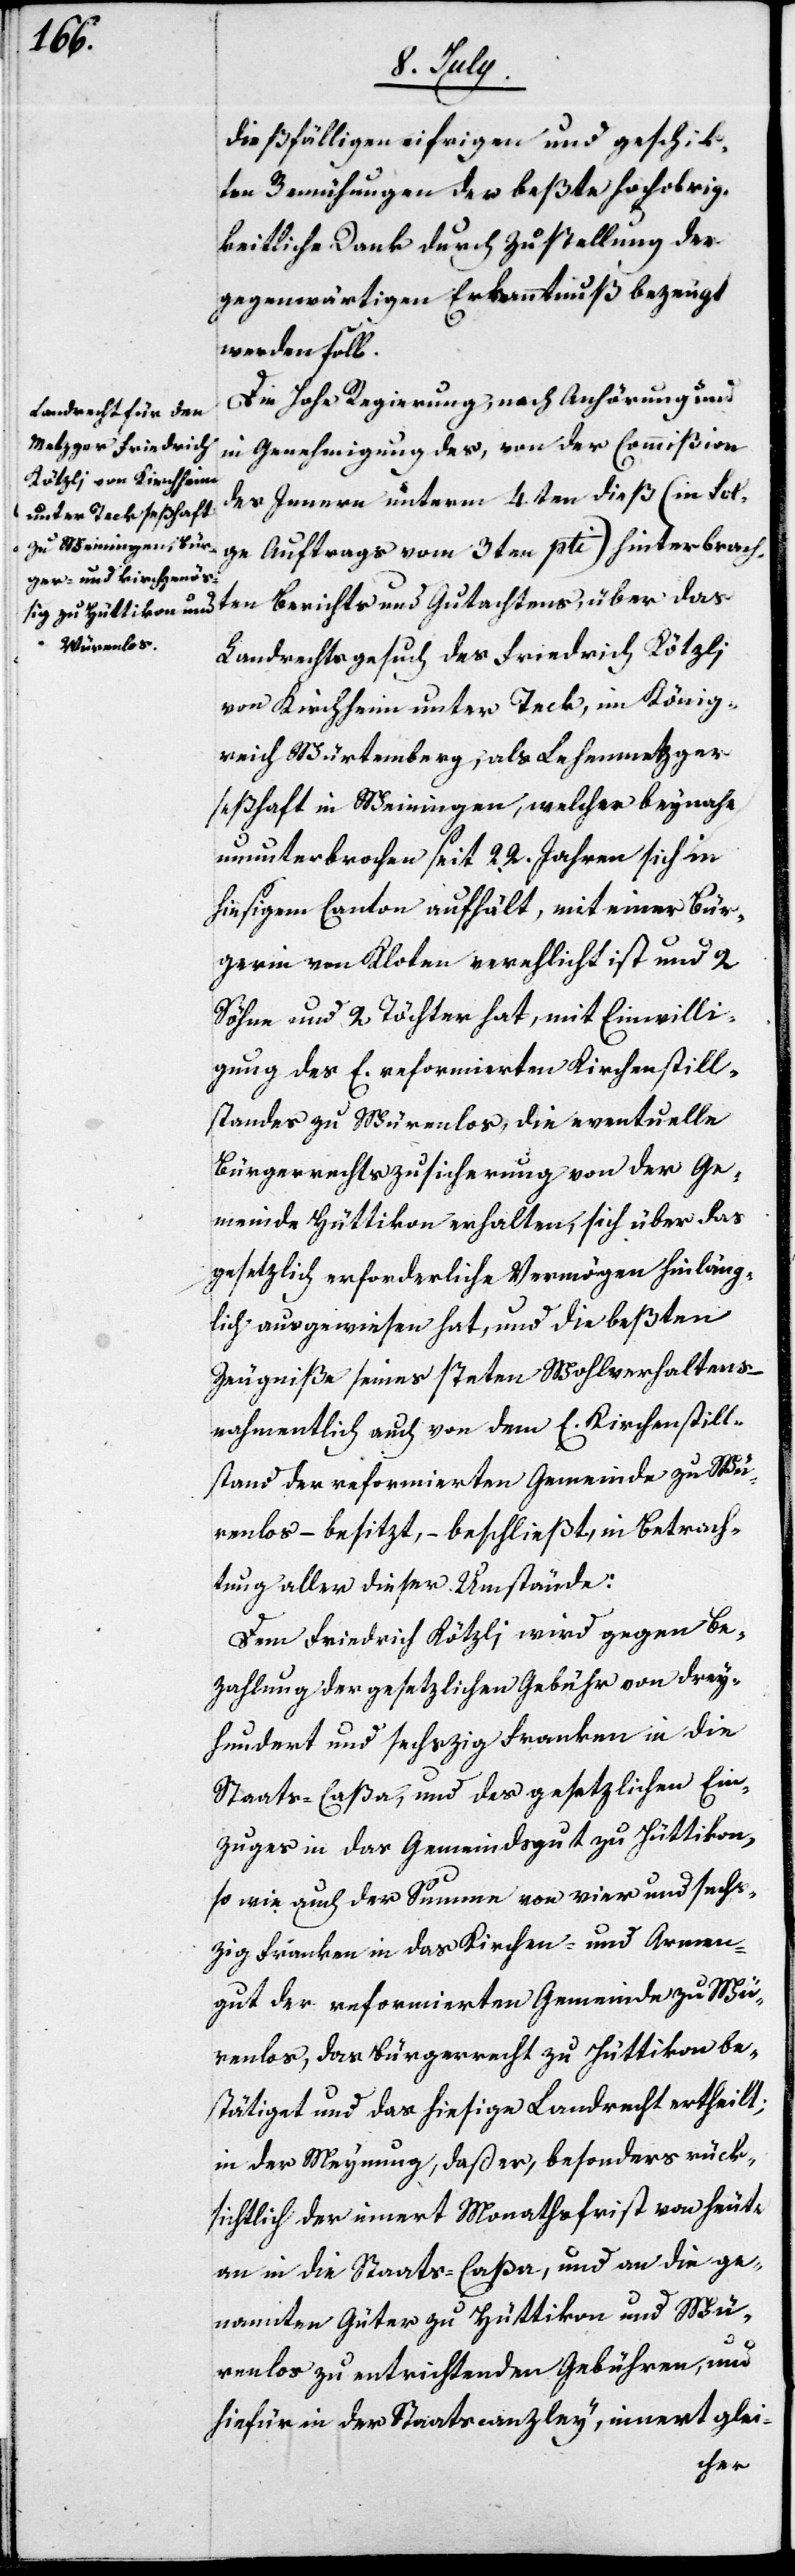
Die Hohe Regierung, nach Anhörung und
in Genehmigung des, von der Commißion
des Innern unterm 4ten dieß (in Fol¬
ge Auftrags vom 3ten pti) hinterbrach¬
ten Berichts und Gutachtens, über das
Landrechtsgesuch des Friedrich Kötzli
von Kirchheim unter Teck, im König¬
reich Würtemberg, als Lehenmetzger
seßhaft in Weinigen, welcher beynahe
ununterbrochen seit 22. Jahren sich in
hießigem Canon aufhält, mit einer Bür¬
gerin von Kloten verehlicht ist und 2.
Söhne und 2. Töchter hat, mit Einwilli¬
gung des E. reformierten Kirchenstill¬
standes zu Würenlos, die eventuelle
Bürgerrechtszusicherung von der Ge¬
meinde Hüttikon erhalten, sich über das
gesetzlich erforderliche Vermögen hinläng¬
lich ausgewiesen hat, und die beßten
Zuegniße seines steten Wohlverhaltens –
nahmentlich auch von dem E. Kirchenstill¬
stand der reformierten Gemeinde zu Wü¬
renlos – besitzt, – beschließt, in Betrach¬
tung aller dieser Umstände:
Dem Friedrich Kötzli wird gegen Be¬
zahlung der gesetzlichen Gebühr von drey¬
hundert und sechzig Franken in die
Staats-Caßa, und des gesetzlichen Ein¬
zuges in das Gemeindsgut zu Hüttikon,
so wie auch der Summe von vier und sech¬
zig Franken in das Kirchen- und Armen¬
gut der reformierten Gemeinde zu Wü¬
renlos, das Bürgerrecht zu Hüttikon be¬
stätiget und das hießige Landrecht ertheilt,
in der Meynung, daß er, besonders rück¬
sichtlich der innert Monathsfrist von heute
an in die Staats-Caßa, und an die ge¬
nannten Güter zu Hüttikon und Wü¬
renlos zu entrichtenden Gebühren, und
hiefür in der Staatscanzley, innert glei-